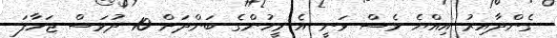
ގެންދާއިރު އިއްޔެ ވެސް ވަނީ އެ މީހުންގެ ބަންދަށް 10 ދުވަސް ޖަހާފަ